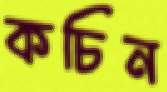
কচিন